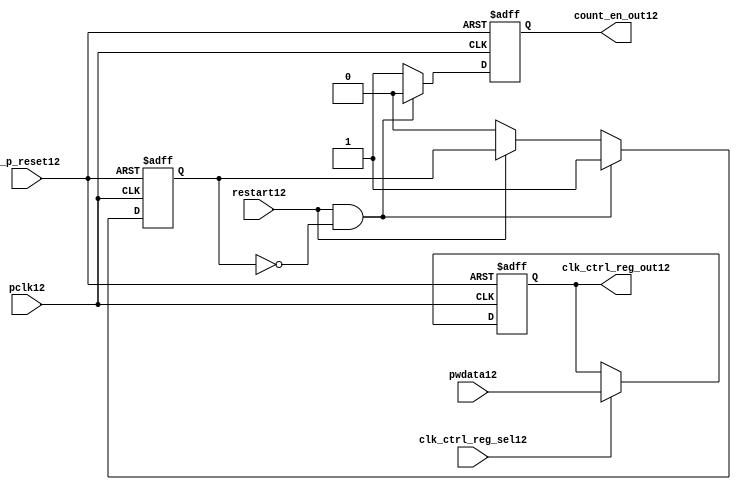
//File12 name   : ttc_count_rst_lite12.v
//Title12       : 
//Created12     : 1999
//Description12 : TTC12 counter reset block
//Notes12       : 
//----------------------------------------------------------------------
//   Copyright12 1999-2010 Cadence12 Design12 Systems12, Inc12.
//   All Rights12 Reserved12 Worldwide12
//
//   Licensed12 under the Apache12 License12, Version12 2.0 (the
//   "License12"); you may not use this file except12 in
//   compliance12 with the License12.  You may obtain12 a copy of
//   the License12 at
//
//       http12://www12.apache12.org12/licenses12/LICENSE12-2.0
//
//   Unless12 required12 by applicable12 law12 or agreed12 to in
//   writing, software12 distributed12 under the License12 is
//   distributed12 on an "AS12 IS12" BASIS12, WITHOUT12 WARRANTIES12 OR12
//   CONDITIONS12 OF12 ANY12 KIND12, either12 express12 or implied12.  See
//   the License12 for the specific12 language12 governing12
//   permissions12 and limitations12 under the License12.
//----------------------------------------------------------------------

module ttc_count_rst_lite12(

  //inputs12
  n_p_reset12,                             
  pclk12, 
  pwdata12,                                                           
  clk_ctrl_reg_sel12,
  restart12,        

  //outputs12
  count_en_out12,
  clk_ctrl_reg_out12

  );


//-----------------------------------------------------------------------------
// PORT DECLARATIONS12
//-----------------------------------------------------------------------------

   // inputs12
   input n_p_reset12;                 // Reset12 signal12
   input pclk12;                    // APB12 System12 clock12
   input [6:0] pwdata12;           // 7-Bit12 pwdata12 from APB12 interface
   input clk_ctrl_reg_sel12;        // Select12 for the clk_ctrl_reg12
   input restart12;                 // Restart12 reset from cntr_ctrl_reg12

   // outputs12
   output count_en_out12;
   output [6:0] clk_ctrl_reg_out12; // Controls12 clock12 selected


//-----------------------------------------------------------------------------
// Internal Signals12 & Registers12
//-----------------------------------------------------------------------------


   
   reg [6:0]    clk_ctrl_reg12;     //7-bit clock12 control12 register.
   
   reg          restart_var12;      //ensures12 prescaler12 reset at start of restart12 
   
   reg          count_en12;         //enable signal12 to counter

   
   wire [6:0]   clk_ctrl_reg_out12; //clock12 control12 output wire
   wire         count_en_out12;     //counter enable output
   
   
//-----------------------------------------------------------------------------
// Logic12 Section12:


//
//    p_clk_ctrl12: Process12 to implement the clk_ctrl_reg12.  
//                When12 select12 line is set then12 the data will be inserted12 to 
//                the clock12 control12 register, otherwise12 it will be equal12 to 
//                the previous value of the register, else it will be zero.
//-----------------------------------------------------------------------------

   assign clk_ctrl_reg_out12  = clk_ctrl_reg12;
   assign count_en_out12      = count_en12;


//    p_ps_counter12: counter for clock12 enable generation12.
   
   always @(posedge pclk12 or negedge n_p_reset12)
   begin: p_ps_counter12
      
      if (!n_p_reset12)
      begin
         restart_var12  <= 1'b0;
         count_en12     <= 1'b0;
      end
      else
      begin
         if (restart12 & ~restart_var12)
         begin
            restart_var12  <= 1'b1;
            count_en12     <= 1'b0;
         end 
         
         else 
           begin
              
              if (~restart12)
                 restart_var12 <= 1'b0;
              else
                 restart_var12 <= restart_var12;
                 
              count_en12     <= 1'b1;        
              
           end
      end // else: !if(!n_p_reset12)      
  
   end  //p_ps_counter12



// p_clk_ctrl12 : Process12 for writing to the clk_ctrl_reg12
   
   always @ (posedge pclk12 or negedge n_p_reset12)
   begin: p_clk_ctrl12
      
      if (!n_p_reset12)
         clk_ctrl_reg12 <= 7'h00;
      else
      begin 

         if (clk_ctrl_reg_sel12)
            clk_ctrl_reg12 <= pwdata12;
         else
            clk_ctrl_reg12 <= clk_ctrl_reg12;

      end 
      
   end  //p_clk_ctrl12

   
endmodule